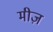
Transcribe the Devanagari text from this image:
मीज़